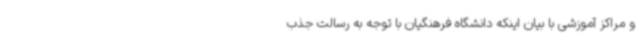
و مراکز آموزشی با بیان اینکه دانشگاه فرهنگیان با توجه به رسالت جذب